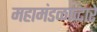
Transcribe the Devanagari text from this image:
महामंडळाव्दारे